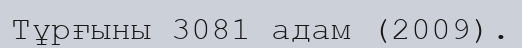
Тұрғыны 3081 адам (2009).